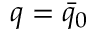
q = \bar { q } _ { 0 }